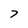
Character: 7